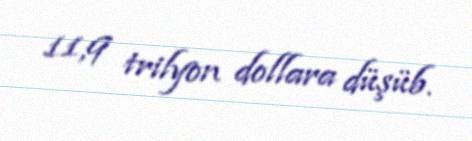
11,9 trilyon dollara düşüb.